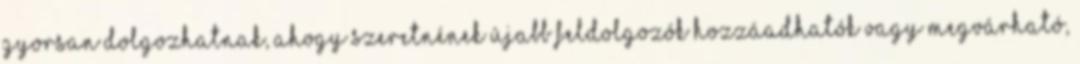
gyorsan dolgozhatnak, ahogy szeretnének újabb feldolgozók hozzáadhatók vagy megvárható,